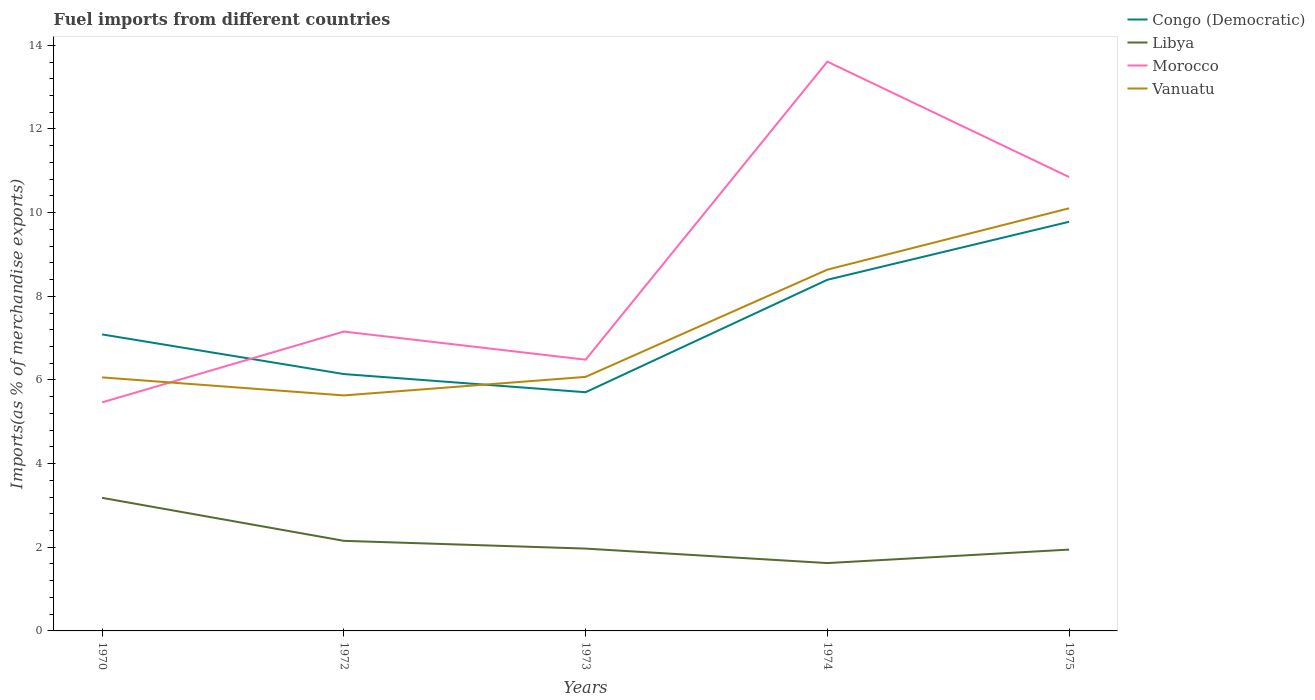
| Years | Congo (Democratic) | Libya | Morocco | Vanuatu |
 | --- | --- | --- | --- | --- |
 | 1970 | 7.09 | 3.18 | 5.46 | 6.06 |
 | 1972 | 6.14 | 2.15 | 7.16 | 5.63 |
 | 1973 | 5.71 | 1.97 | 6.48 | 6.07 |
 | 1974 | 8.39 | 1.62 | 13.6 | 8.64 |
 | 1975 | 9.78 | 1.94 | 10.9 | 10.1 |